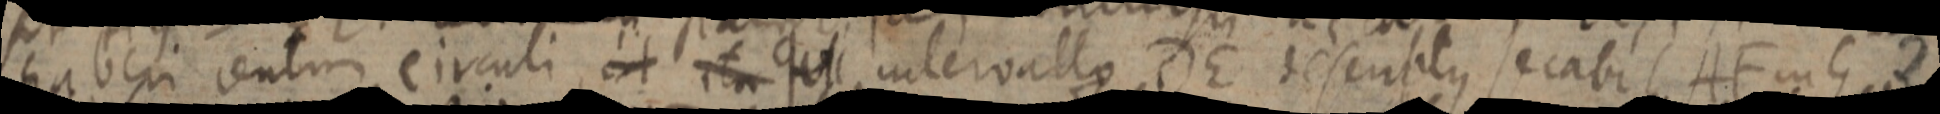
haberi centra circuli, et ita qui intervallo DE descriptus secabit AF in G 2